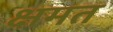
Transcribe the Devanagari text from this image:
क्षमत